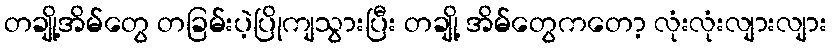
တချို့အိမ်တွေ တခြမ်းပဲ့ပြိုကျသွားပြီး တချို့ အိမ်တွေကတော့ လုံးလုံးလျားလျား